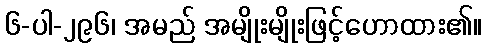
၆-ပါ-၂၉၆၊ အမည် အမျိုးမျိုးဖြင့်ဟောထား၏။